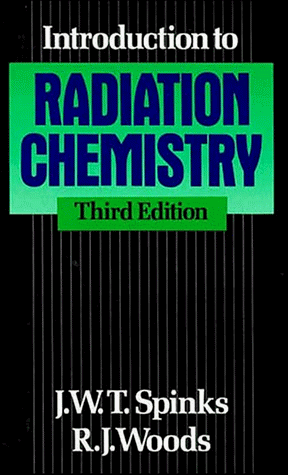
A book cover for An Introduction to Radiation Chemistry; J. W. T. Spinks; Science & Math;